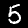
Label: 5